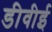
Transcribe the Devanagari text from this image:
डीवीई